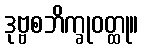
ဒုဗ္ဗစဘိက္ခုဝတ္ထု။